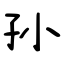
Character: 孙